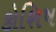
કોશિષ